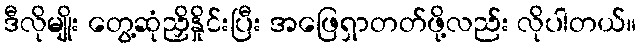
ဒီလိုမျိုး တွေ့ဆုံညှိနှိုင်းပြီး အဖြေရှာတတ်ဖို့လည်း လိုပါတယ်။